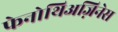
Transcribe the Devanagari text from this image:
फेनोथिअज़िनेस